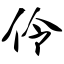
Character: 伶